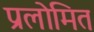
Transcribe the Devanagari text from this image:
प्रलोमित